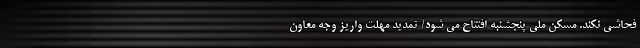
فحاشی نکند. مسکن ملی پنجشنبه افتتاح می شود/ تمدید مهلت واریز وجه معاون